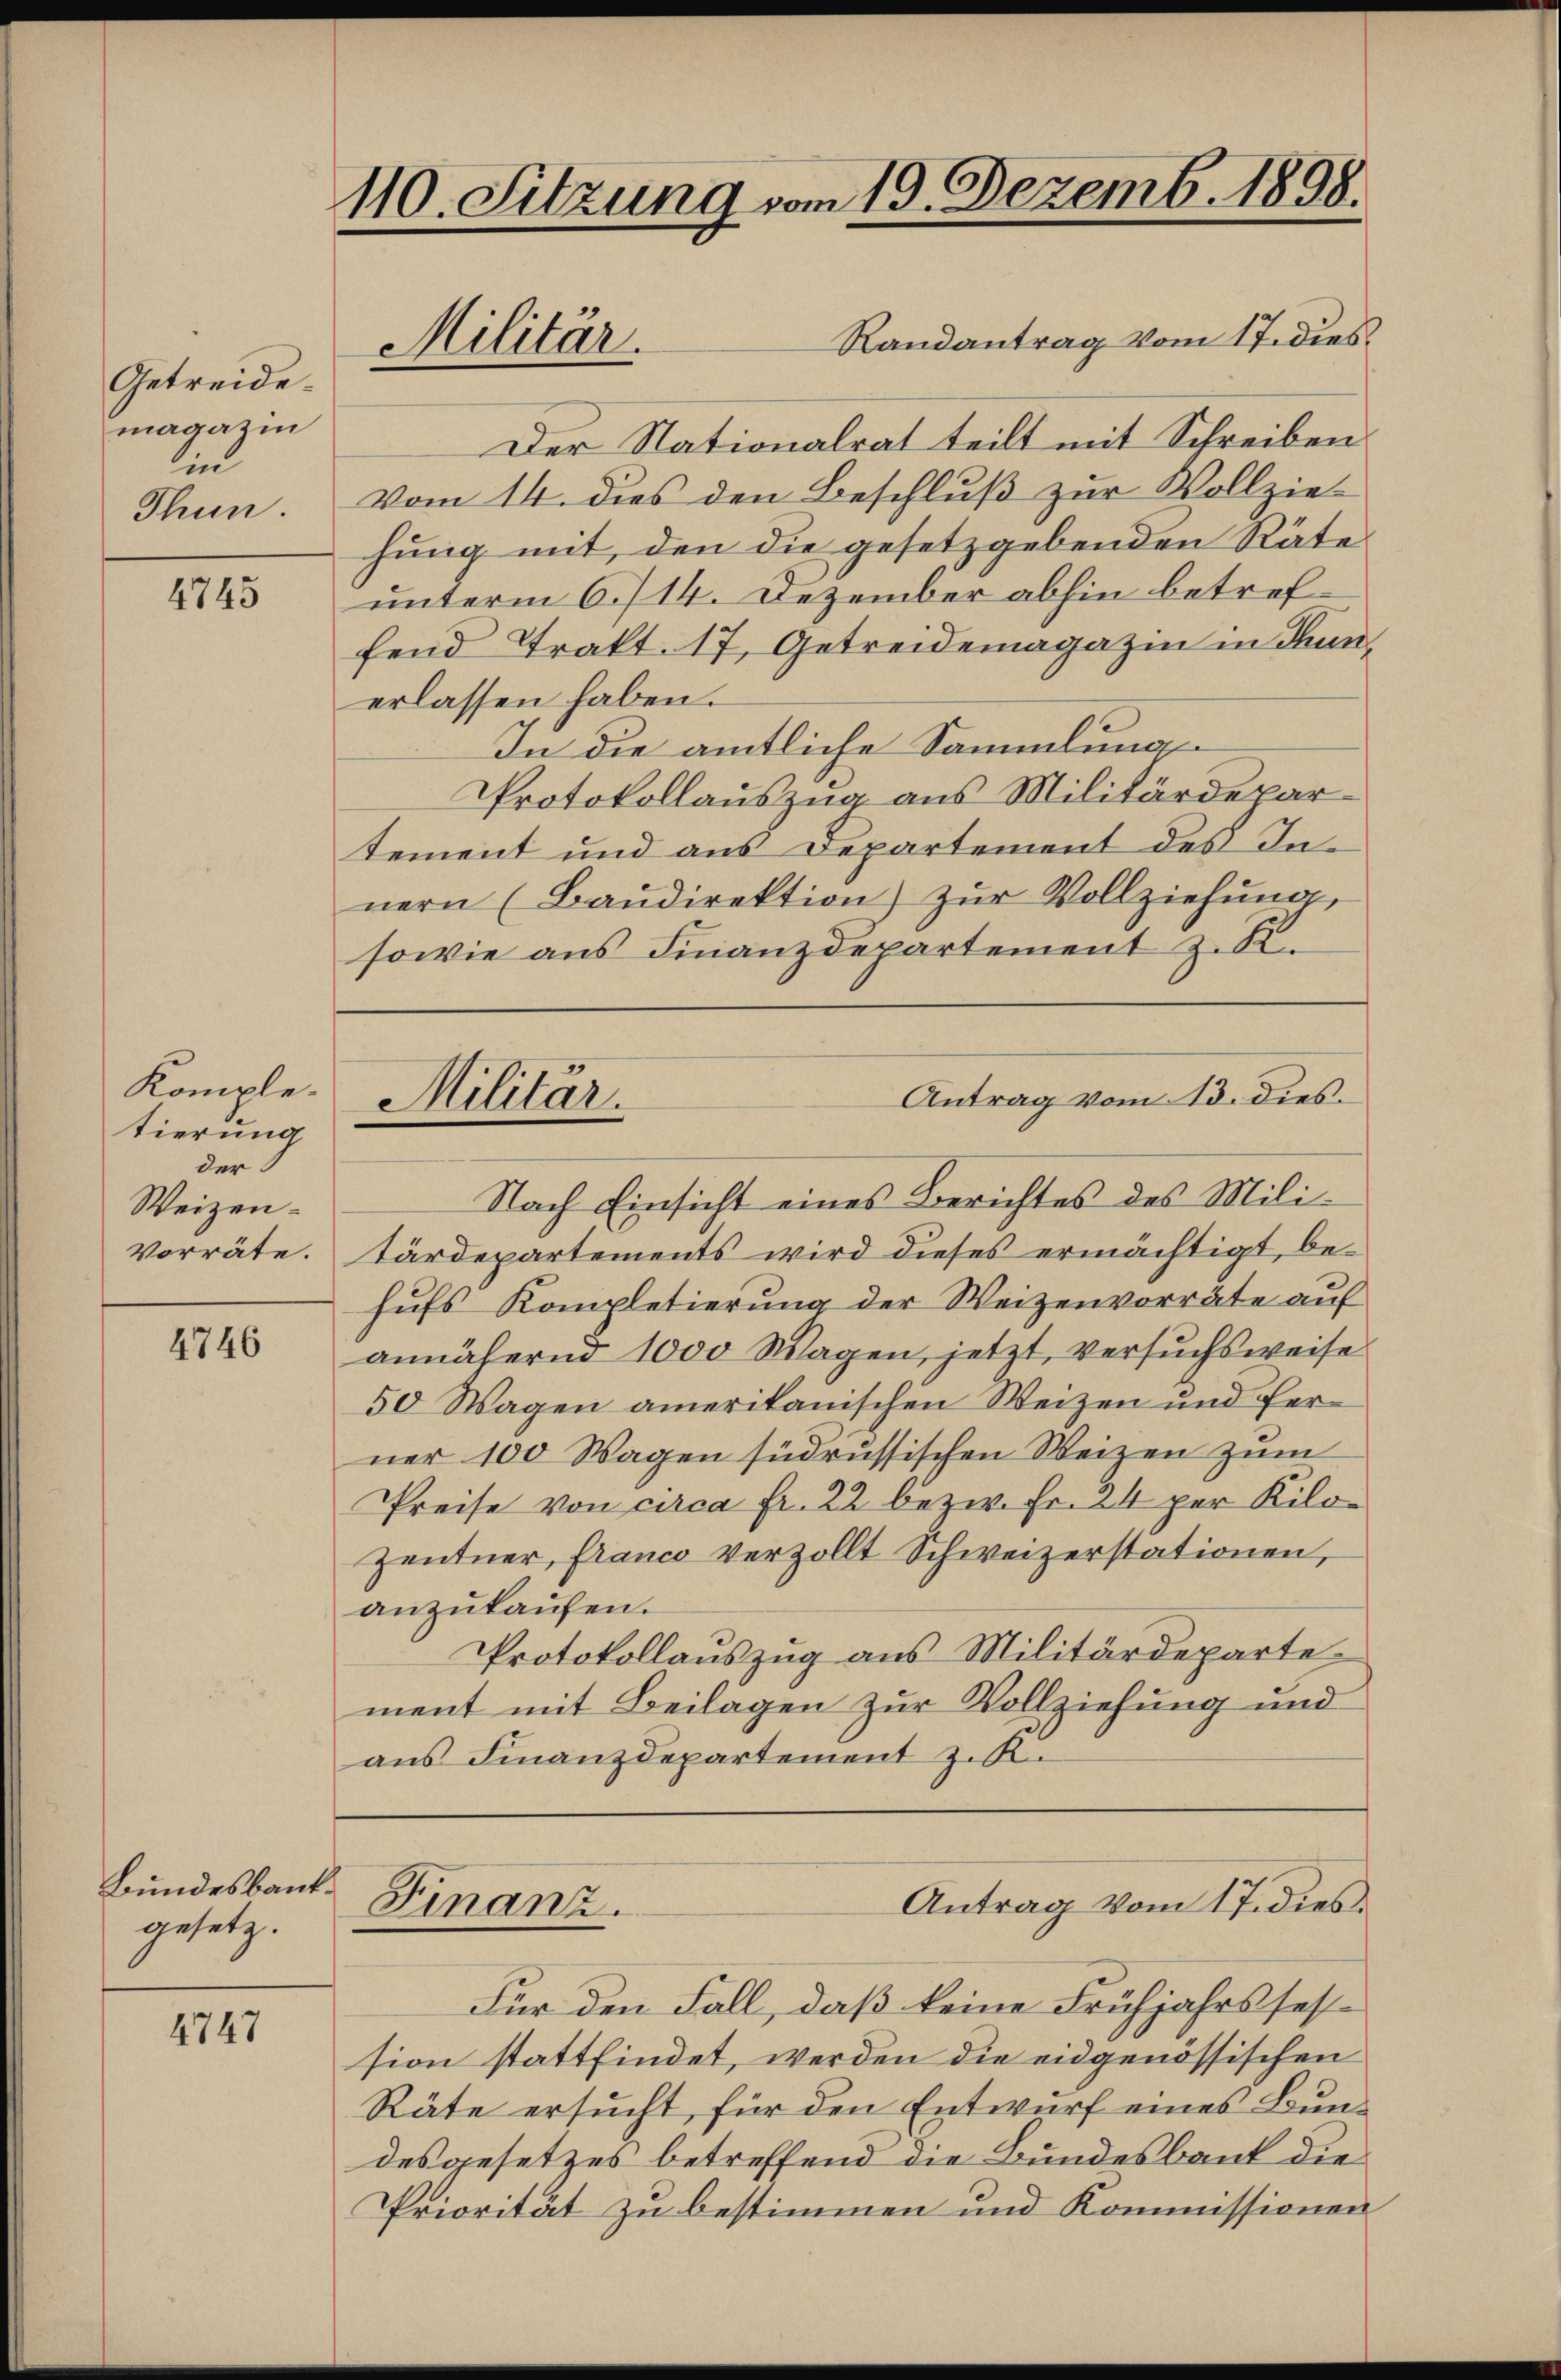
Getreide.
magazin
lind
Thun.

4745

Komple.
tierung
der
Weizen.
Vorräte.

4746

Bundesbank.
gesetz.

4747

110. Sitzung vom 19. Dezemb. 1898.

Militar.

Militär.

Nach Einsicht eines Berichtes des Militärdepartements wird dieses ermächtigt, behufs Kompletierung der Weizenvorräte auf
annähern 1000 Wagen, jetzt, versuchsweise
50 Wagen amerikanischen Weizen und ferner 100 Wagen südrussischen Weizen zum
Preise von circa fr. 22 bezw. Fr. 24 per Kilo¬
Zentner, franco verzollt Schweizerstationen,
anzukaufen.
Protokollauszug aus Militärdeparte
ment mit Beilagen zur Vollziehung und
aus Finanzdepartement z. K.

Finanz.

Antrag vom 13. dies

Antrag vom 17. dies

Randantrag vom 17. dies¬
Der Nationalrat teilt mit Schreiben
Vom 14. dies den Beschluß zur Vollziehung mit, den die gesetzgebenden Räte
unterm 6./14. Dezember abhin betreffend Trakt. 17, Getreidemagazin in Bunerlassen haben.
In die amtliche Sammlung
Protokollauszug aus Militärdepartement und aus Departement des Innern (Baŭdirektion) zŭr Vollziehung,
sowie aus Finanzdepartement z. R.

Für den Fall, daß keine Frühjahrsfestsion stattfindet, werden die eidgenössischen
Räte ersucht, für den Entwurf eines Bundesgesetzes betreffend die Bundesbank die
Priorität zu bestimmen und Kommissionen